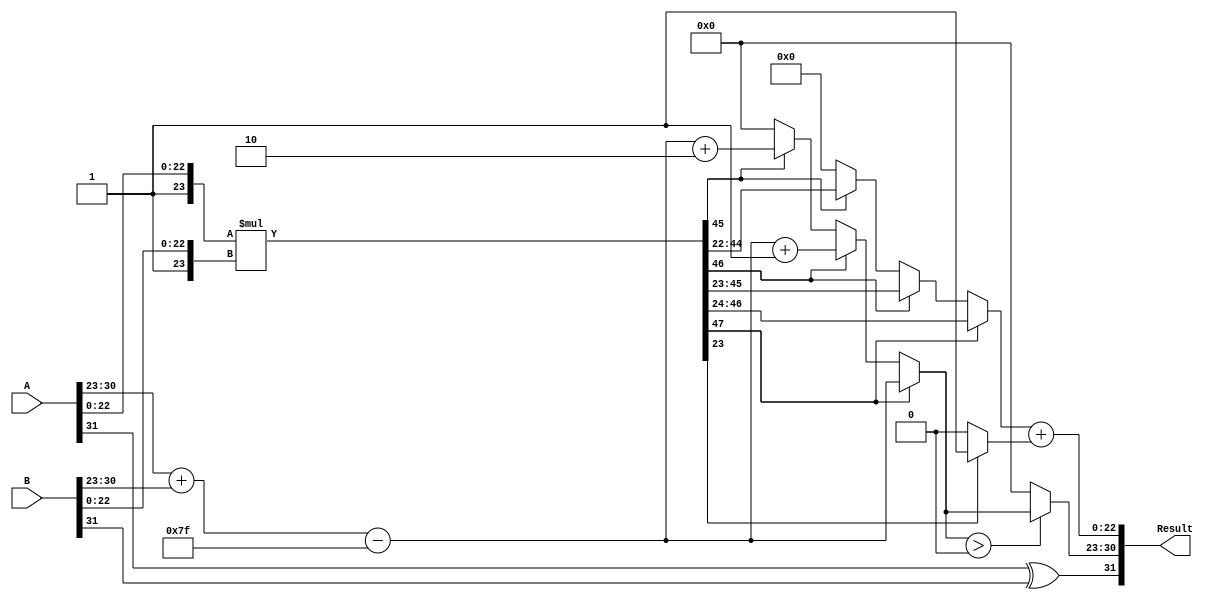
module floating_point_multiplier (
    input  wire [31:0] A,        // First floating-point input
    input  wire [31:0] B,        // Second floating-point input
    output reg  [31:0] Result     // Resulting floating-point output
);

    // Constants
    localparam BIAS = 8'd127;
    localparam MANTISSA_SIZE = 23;
    
    // Decompose inputs
    wire S_A = A[31]; // Sign of A
    wire [7:0] E_A = A[30:23]; // Exponent of A
    wire [22:0] M_A = A[22:0]; // Mantissa of A

    wire S_B = B[31]; // Sign of B
    wire [7:0] E_B = B[30:23]; // Exponent of B
    wire [22:0] M_B = B[22:0]; // Mantissa of B

    // Sign calculation
    wire S_R = S_A ^ S_B; // Result sign

    // Exponent calculation
    wire [8:0] E_R_temp = E_A + E_B - BIAS; // Temporary exponent
    wire [7:0] E_R = E_R_temp[7:0]; // Result exponent (8 bits)

    // Mantissa calculation (with implicit leading 1)
    wire [23:0] M_A_prime = {1'b1, M_A}; // 1.M_A
    wire [23:0] M_B_prime = {1'b1, M_B}; // 1.M_B
    wire [47:0] P = M_A_prime * M_B_prime; // Product of mantissas

    // Normalization
    reg [23:0] M_R; // Result mantissa
    reg [7:0] E_R_norm; // Normalized exponent
    reg [47:0] P_shifted; // Shifted product for normalization

    always @* begin
        // Default values
        M_R = 24'b0;
        E_R_norm = E_R;

        // Check for normalization
        if (P[47]) begin
            // If the product is normalized
            M_R = P[46:24]; // Take the top 23 bits
        end else if (P[46]) begin
            // If the product needs one right shift
            M_R = P[45:23];
            E_R_norm = E_R + 1; // Increase exponent
        end else if (P[45]) begin
            // If the product needs two right shifts
            M_R = P[44:22];
            E_R_norm = E_R + 2; // Increase exponent
        end else begin
            // Denormalized or zero case, handle accordingly
            M_R = 24'b0; // Set mantissa to zero for denormalized case
            E_R_norm = 8'b0; // Set exponent to zero for denormalized case
        end
    end

    // Rounding (round to nearest even)
    wire round_bit = P[23]; // The bit to determine rounding
    wire [22:0] M_R_rounded = M_R[22:0] + (round_bit ? 1 : 0); // Round mantissa

    // Final output construction
    always @* begin
        Result = {S_R, (E_R_norm > 0) ? E_R_norm : 8'b0, M_R_rounded};
    end

endmodule